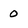
Character: 0